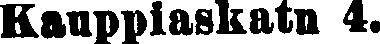
Kauppiaskatu 4.